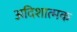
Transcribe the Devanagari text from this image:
अदिशात्मक